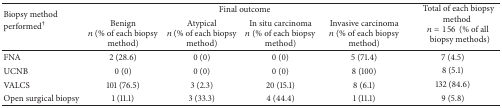
| <ROWSPAN=2> Biopsy method performed† | <COLSPAN=4> Final outcome | <ROWSPAN=2> Total of each biopsy methodn = 156(% of all biopsy methods) |
 | Benign n (% of each biopsy method) | Atypical n (% of each biopsy method) | In situ carcinoma n (% of each biopsy method) | Invasive carcinoma n (% of each biopsy method) |
 | --- | --- | --- | --- | --- | --- |
 | FNA | 2 (28.6) | 0 (0) | 0 (0) | 5 (71.4) | 7 (4.5) |
 | UCNB | 0 (0) | 0 (0) | 0 (0) | 8 (100) | 8 (5.1) |
 | VALCS | 101 (76.5) | 3 (2.3) | 20 (15.1) | 8 (6.1) | 132 (84.6) |
 | Open surgical biopsy | 1 (11.1) | 3 (33.3) | 4 (44.4) | 1 (11.1) | 9 (5.8) |